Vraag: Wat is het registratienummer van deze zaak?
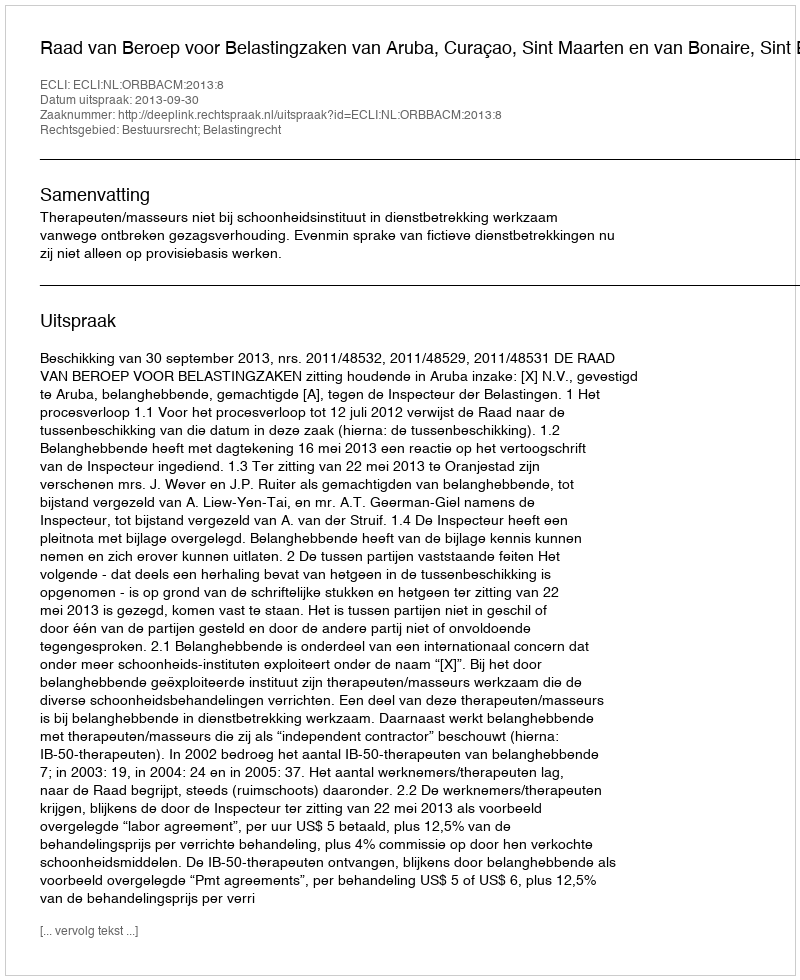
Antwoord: http://deeplink.rechtspraak.nl/uitspraak?id=ECLI:NL:ORBBACM:2013:8